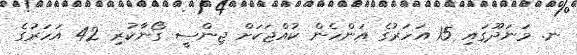
ނ. މަނަދޫގައި 15 އަހަރުގެ އަންހެން ކުއްޖަކަށް ޖިންސީ ގޯނާކުރި 42 އަހަރުގެ